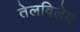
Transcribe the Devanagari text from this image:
तेलविलेय